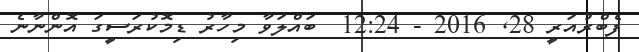
ފެބްރުއަރީ 28